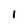
Character: 1